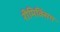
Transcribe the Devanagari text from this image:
रीमिक्सिंग